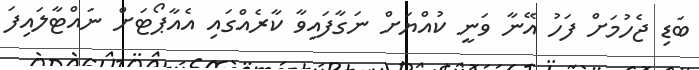
ބަޑި ޖެހުމަށް ފަހު އޭނާ ވަނީ ކުއްޔަށް ނަގާފައިވާ ކާރެއްގައި އެއާޕޯޓަށް ނައްޓާލައިފަ